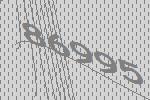
86995